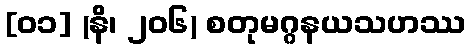
[၀၁] (နိ၊ ၂၀၆) စတုမဂ္ဂနယသဟဿ